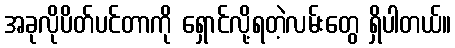
အခုလိုပိတ်ပင်တာကို ရှောင်လို့ရတဲ့လမ်းတွေ ရှိပါတယ်။